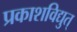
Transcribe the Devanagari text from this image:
प्रकाशविद्युत्‌